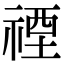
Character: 禋